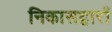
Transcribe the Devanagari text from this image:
निकासद्वारों